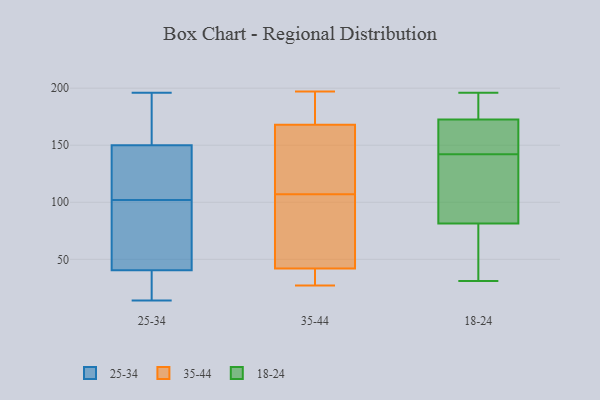
{"axis": {"x": "Churn Rate (%)", "y": "Value"}, "legend": ["18-24", "25-34", "35-44"], "data": [{"x": "", "y": 110, "type": "25-34"}, {"x": "", "y": 75, "type": "25-34"}, {"x": "", "y": 32, "type": "25-34"}, {"x": "", "y": 153, "type": "25-34"}, {"x": "", "y": 44, "type": "25-34"}, {"x": "", "y": 14, "type": "25-34"}, {"x": "", "y": 14, "type": "25-34"}, {"x": "", "y": 132, "type": "25-34"}, {"x": "", "y": 147, "type": "25-34"}, {"x": "", "y": 184, "type": "25-34"}, {"x": "", "y": 134, "type": "25-34"}, {"x": "", "y": 37, "type": "25-34"}, {"x": "", "y": 188, "type": "25-34"}, {"x": "", "y": 15, "type": "25-34"}, {"x": "", "y": 94, "type": "25-34"}, {"x": "", "y": 73, "type": "25-34"}, {"x": "", "y": 168, "type": "25-34"}, {"x": "", "y": 196, "type": "25-34"}, {"x": "", "y": 48, "type": "25-34"}, {"x": "", "y": 120, "type": "25-34"}, {"x": "", "y": 92, "type": "35-44"}, {"x": "", "y": 191, "type": "35-44"}, {"x": "", "y": 184, "type": "35-44"}, {"x": "", "y": 42, "type": "35-44"}, {"x": "", "y": 162, "type": "35-44"}, {"x": "", "y": 31, "type": "35-44"}, {"x": "", "y": 41, "type": "35-44"}, {"x": "", "y": 58, "type": "35-44"}, {"x": "", "y": 197, "type": "35-44"}, {"x": "", "y": 168, "type": "35-44"}, {"x": "", "y": 122, "type": "35-44"}, {"x": "", "y": 88, "type": "35-44"}, {"x": "", "y": 27, "type": "35-44"}, {"x": "", "y": 163, "type": "35-44"}, {"x": "", "y": 36, "type": "35-44"}, {"x": "", "y": 159, "type": "35-44"}, {"x": "", "y": 195, "type": "35-44"}, {"x": "", "y": 66, "type": "35-44"}, {"x": "", "y": 98, "type": "18-24"}, {"x": "", "y": 83, "type": "18-24"}, {"x": "", "y": 181, "type": "18-24"}, {"x": "", "y": 58, "type": "18-24"}, {"x": "", "y": 54, "type": "18-24"}, {"x": "", "y": 145, "type": "18-24"}, {"x": "", "y": 160, "type": "18-24"}, {"x": "", "y": 196, "type": "18-24"}, {"x": "", "y": 139, "type": "18-24"}, {"x": "", "y": 170, "type": "18-24"}, {"x": "", "y": 166, "type": "18-24"}, {"x": "", "y": 39, "type": "18-24"}, {"x": "", "y": 175, "type": "18-24"}, {"x": "", "y": 153, "type": "18-24"}, {"x": "", "y": 80, "type": "18-24"}, {"x": "", "y": 98, "type": "18-24"}, {"x": "", "y": 179, "type": "18-24"}, {"x": "", "y": 111, "type": "18-24"}, {"x": "", "y": 31, "type": "18-24"}, {"x": "", "y": 186, "type": "18-24"}]}